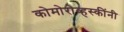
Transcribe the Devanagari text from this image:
कोमोरोव्हस्कींनी